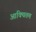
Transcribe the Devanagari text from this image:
आक्यितम